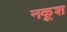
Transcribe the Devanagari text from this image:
नकूश